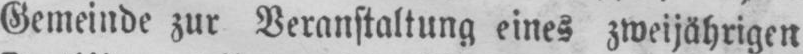
Gemeinde zur Veranstaltung eines zweijährigen